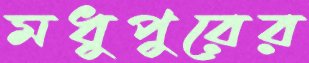
মধুপুরের